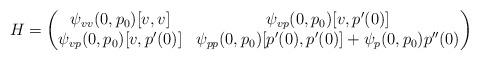
LaTeX: \begin{align*} H = \begin{pmatrix}\psi_{vv}(0, p_0)[v,v] & \psi_{vp}(0,p_0)[v, p'(0)]\\\psi_{vp}(0,p_0)[v, p'(0)] & \psi_{pp}(0,p_0)[p'(0), p'(0)] + \psi_p(0,p_0)p''(0)\end{pmatrix}\end{align*}